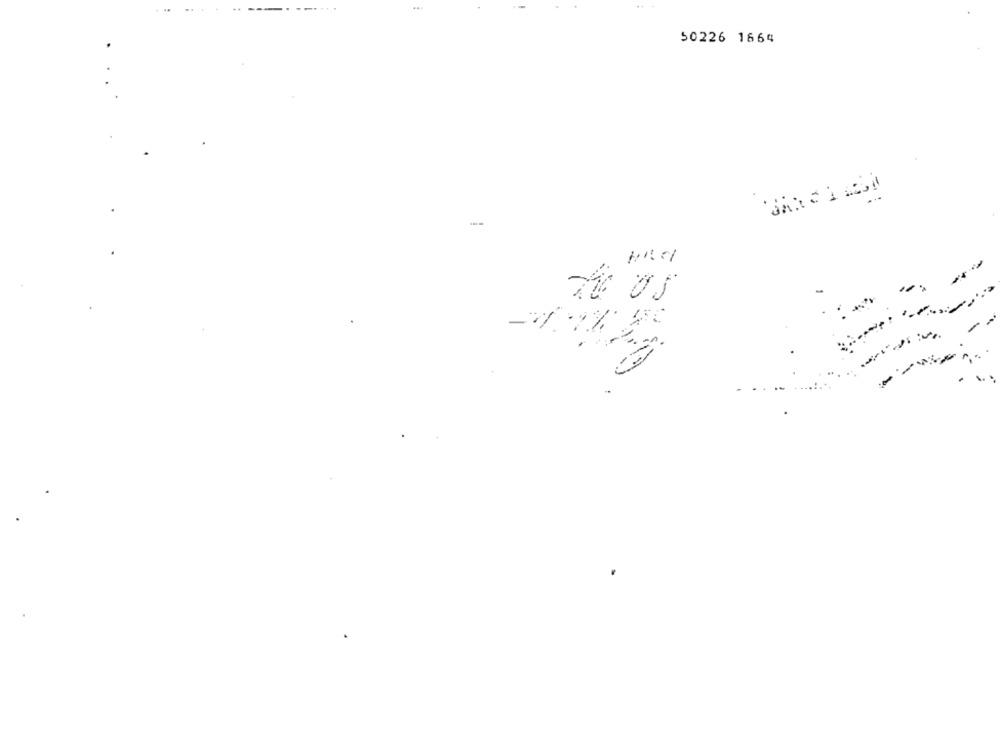
50226 1664
2